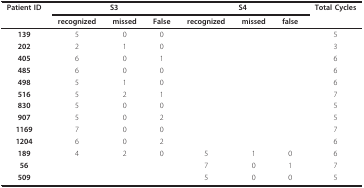
<table><thead><tr><td><b>Patient ID</b></td><td colspan="3"><b>S3</b></td><td colspan="3"><b>S4</b></td><td><b>Total Cycles</b></td></tr><tr><td></td><td><b>recognized</b></td><td><b>missed</b></td><td><b>False</b></td><td><b>recognized</b></td><td><b>missed</b></td><td><b>false</b></td><td></td></tr></thead><tbody><tr><td><b>139</b></td><td>5</td><td>0</td><td>0</td><td></td><td></td><td></td><td>5</td></tr><tr><td><b>202</b></td><td>2</td><td>1</td><td>0</td><td></td><td></td><td></td><td>3</td></tr><tr><td><b>405</b></td><td>6</td><td>0</td><td>1</td><td></td><td></td><td></td><td>6</td></tr><tr><td><b>485</b></td><td>6</td><td>0</td><td>0</td><td></td><td></td><td></td><td>6</td></tr><tr><td><b>498</b></td><td>5</td><td>1</td><td>0</td><td></td><td></td><td></td><td>6</td></tr><tr><td><b>516</b></td><td>5</td><td>2</td><td>1</td><td></td><td></td><td></td><td>7</td></tr><tr><td><b>830</b></td><td>5</td><td>0</td><td>0</td><td></td><td></td><td></td><td>5</td></tr><tr><td><b>907</b></td><td>5</td><td>0</td><td>2</td><td></td><td></td><td></td><td>5</td></tr><tr><td><b>1169</b></td><td>7</td><td>0</td><td>0</td><td></td><td></td><td></td><td>7</td></tr><tr><td><b>1204</b></td><td>6</td><td>0</td><td>2</td><td></td><td></td><td></td><td>6</td></tr><tr><td><b>189</b></td><td>4</td><td>2</td><td>0</td><td>5</td><td>1</td><td>0</td><td>6</td></tr><tr><td><b>56</b></td><td></td><td></td><td></td><td>7</td><td>0</td><td>1</td><td>7</td></tr><tr><td><b>509</b></td><td></td><td></td><td></td><td>5</td><td>0</td><td>0</td><td>5</td></tr></tbody></table>